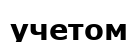
учетом